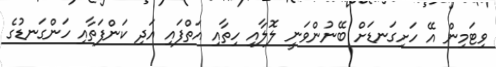
ވިޓަމިން އޭ ހަށިގަނޑަށް ބޭނުންވަނީ ލޮލާއި ހިތާއި އަތްފައި އަދި ކަންފަތާއި ހަންގަނޑުގެ